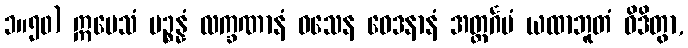
၁။၅၀) ဣမေသံ ပဉ္စန္နံ လက္ခဏာနံ ဝသေန ဝေဒနာနံ အတ္ထင်္ဂမံ ယထာဘူတံ ဝိဒိတွာ,